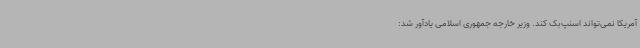
آمریکا نمی‌تواند اسنپ‌بک کند. وزیر خارجه جمهوری اسلامی یادآور شد: